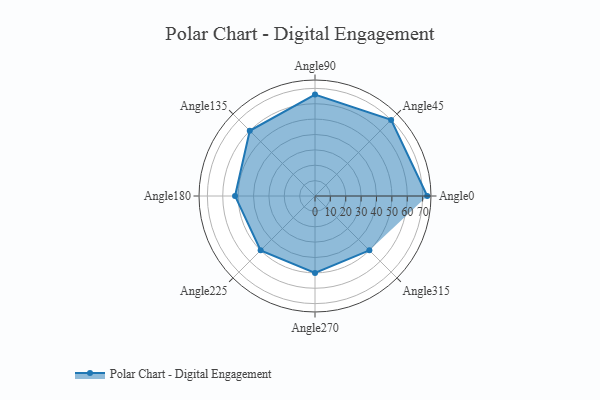
{"axis": {"x": "Angle", "y": "Radius"}, "legend": [""], "data": [{"x": "Angle0", "y": 73.0, "type": ""}, {"x": "Angle45", "y": 70.0, "type": ""}, {"x": "Angle90", "y": 66.0, "type": ""}, {"x": "Angle135", "y": 60.0, "type": ""}, {"x": "Angle180", "y": 52.0, "type": ""}, {"x": "Angle225", "y": 50, "type": ""}, {"x": "Angle270", "y": 50, "type": ""}, {"x": "Angle315", "y": 50, "type": ""}]}